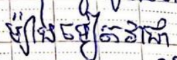
ម៉្យាងទៀតវាជា